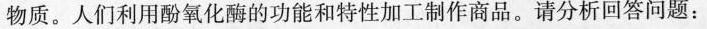
物质。人们利用酚氧化酶的功能和特性加工制作商品。请分析回答问题：